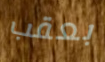
بعقب